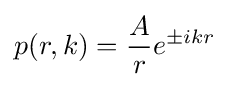
p(r,k)={\frac {A}{r}}e^{\pm ikr}